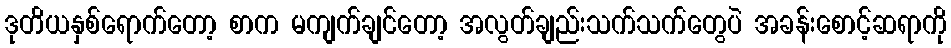
ဒုတိယနှစ်ရောက်တော့ စာက မကျက်ချင်တော့ အလွတ်ချည်းသက်သက်တွေပဲ အခန်းစောင့်ဆရာကို